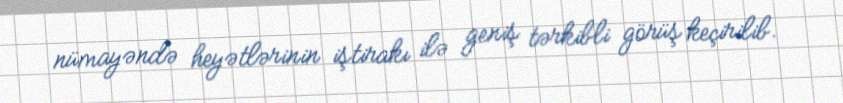
nümayəndə heyətlərinin iştirakı ilə geniş tərkibli görüş keçirilib.